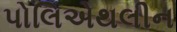
પોલિએથલીન